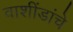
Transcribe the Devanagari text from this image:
वाशींडांचे